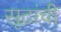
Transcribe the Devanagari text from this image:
सूटांची